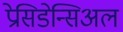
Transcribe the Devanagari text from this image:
प्रेसिडेन्सिअल